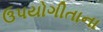
ઉપયોગીતાના